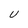
Character: U